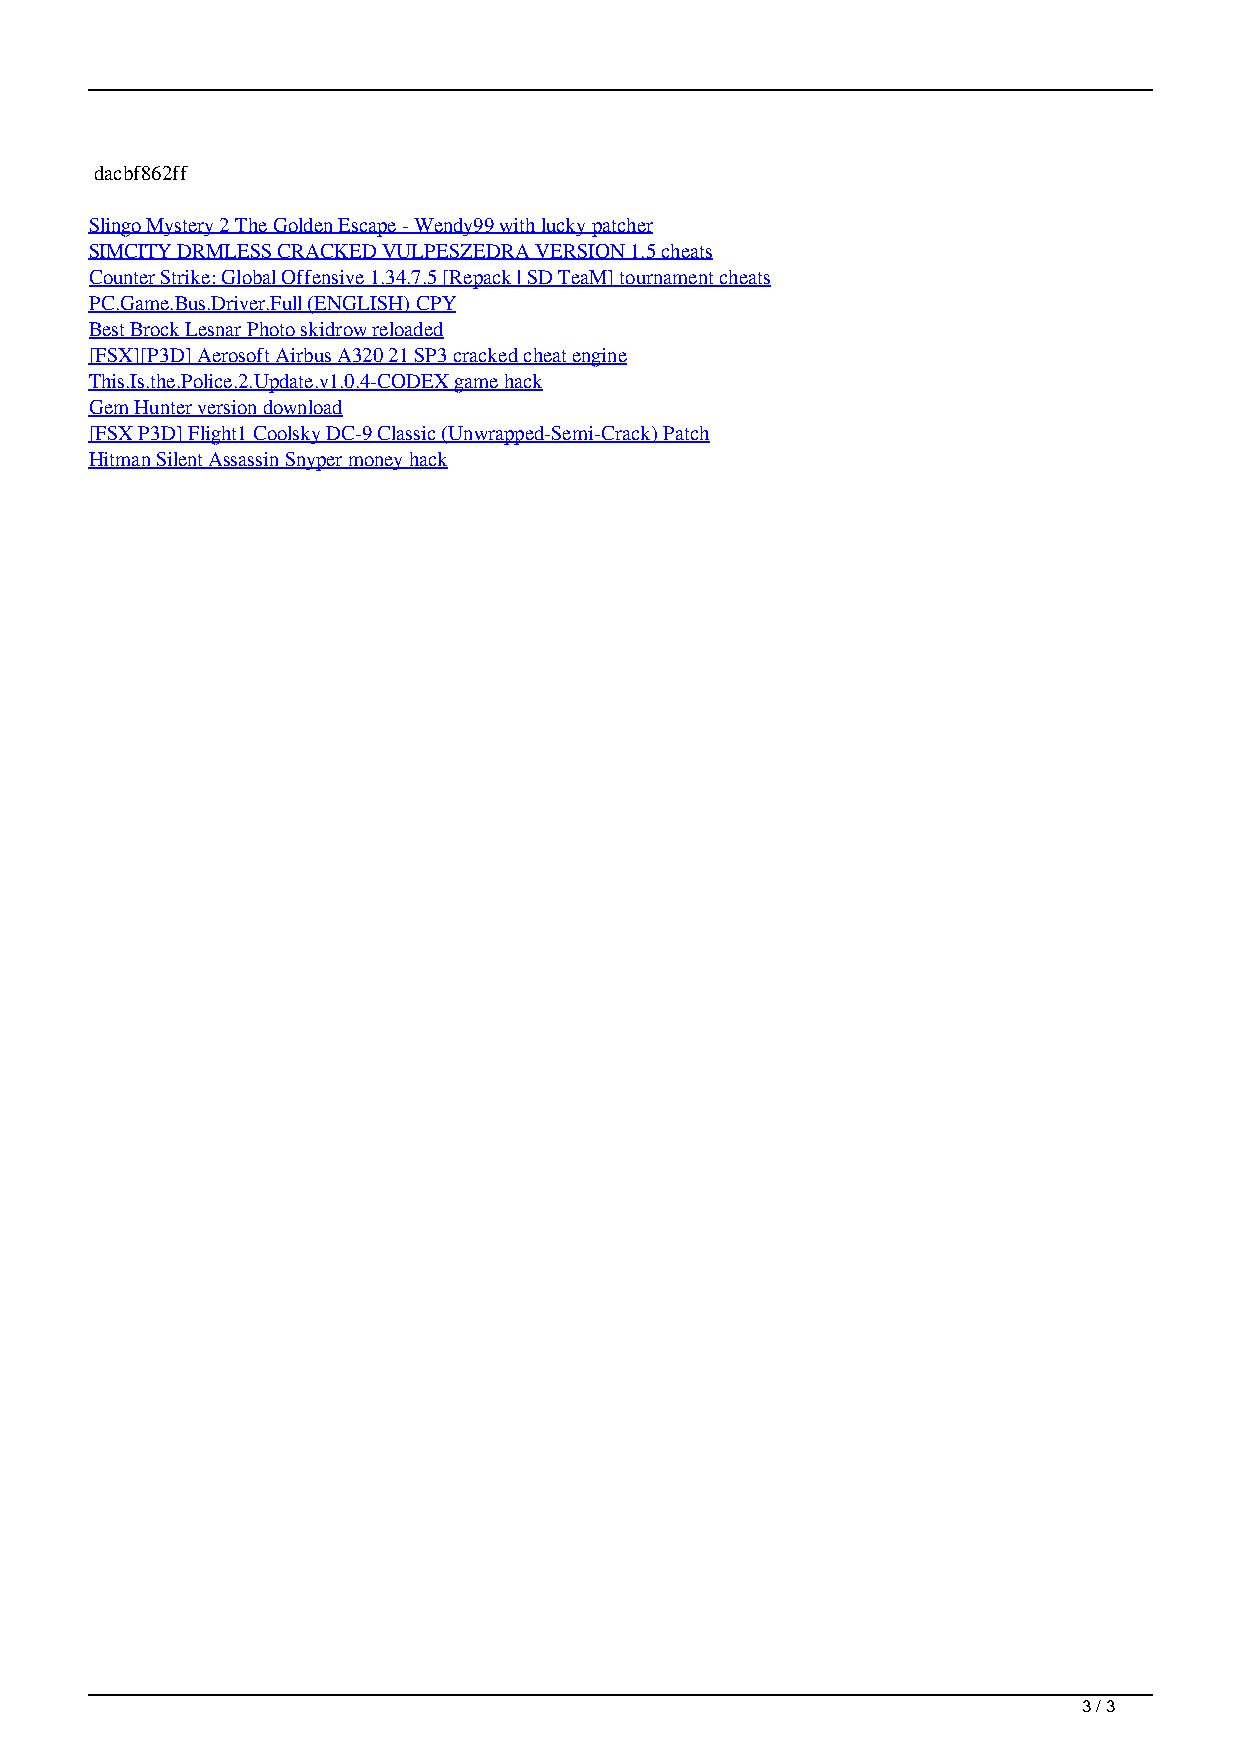
dacbf862ff
 Slingo Mystery 2 The Golden Escape - Wendy99 with lucky patcher
 SIMCITY DRMLESS CRACKED VULPESZEDRA VERSION 1.5 cheats
 Counter Strike: Global Offensive 1.34.7.5 [Repack | SD TeaM] tournament cheats
 PC.Game.Bus.Driver.Full (ENGLISH) CPY
 Best Brock Lesnar Photo skidrow reloaded
 [FSX][P3D] Aerosoft Airbus A320 21 SP3 cracked cheat engine
 This.Is.the.Police.2.Update.v1.0.4-CODEX game hack
 Gem Hunter version download
 [FSX P3D] Flight1 Coolsky DC-9 Classic (Unwrapped-Semi-Crack) Patch
 Hitman Silent Assassin Snyper money hack
 3 / 3
 PayDay2 SP STEAM MP Hack Working